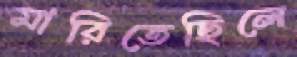
মারিতেছিলে